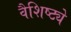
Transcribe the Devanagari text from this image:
वैशिष्ट्येेे